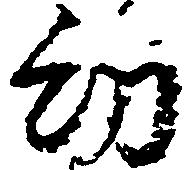
幼